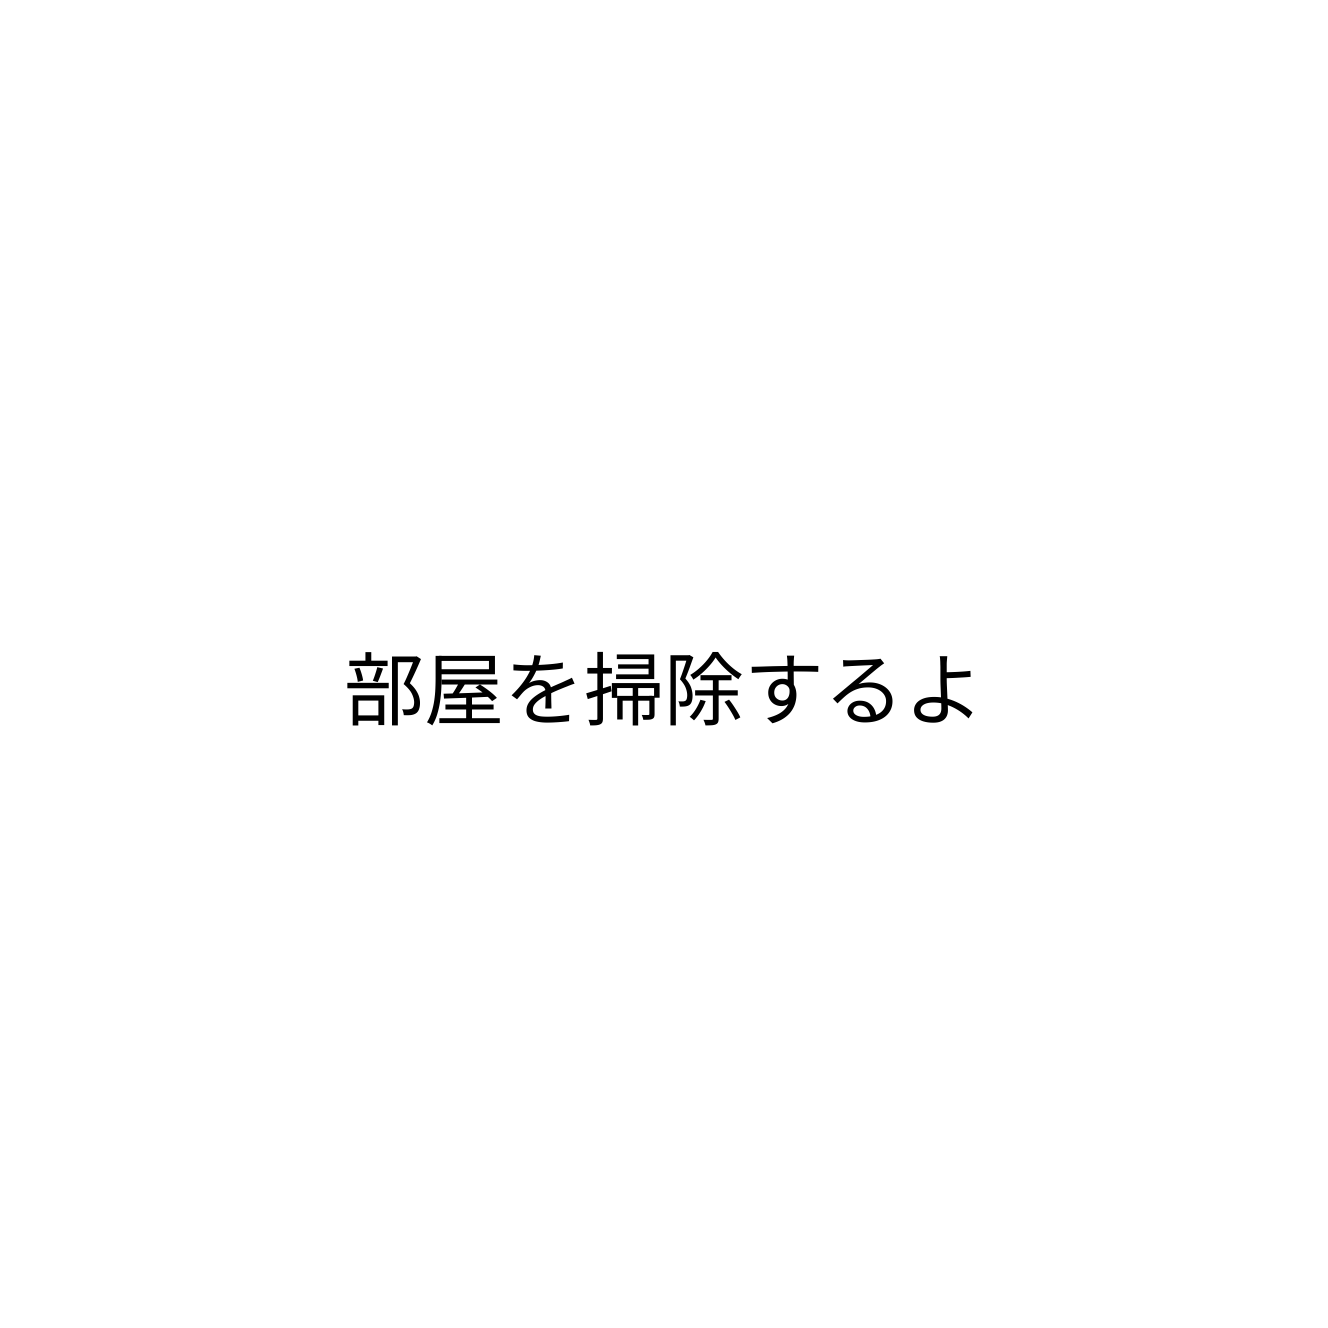
部屋を掃除するよ